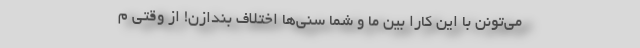
می‌تونن با این کارا بین ما و شما سُنی‌ها اختلاف بندازن! از وقتی م